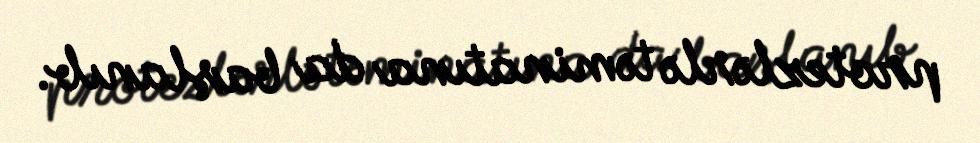
protezlərlə təminatına da başlanıb.